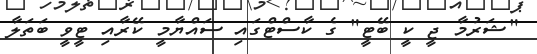
"ޝަރުމާ ޖީ ކީ ބޭޓީ" ގެ ކާސްޓްގައި ސައްޔާމީ ކޭރާއި ޓީވީ ބަތަލާ